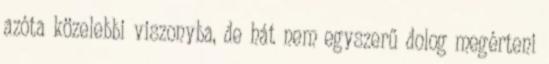
azóta közelebbi viszonyba, de hát nem egyszerű dolog megérteni